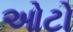
ઓટો